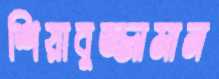
শিয়াবুজ্জামান